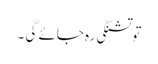
تو تشنگی رہ جائے گی ۔